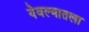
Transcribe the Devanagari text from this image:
येवल्यातला